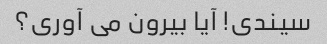
سیندی! آیا بیرون می آوری؟